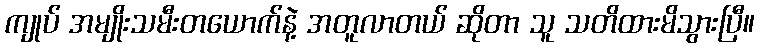
ကျုပ် အမျိုးသမီးတယောက်နဲ့ အတူလာတယ် ဆိုတာ သူ သတိထားမိသွားပြီ။